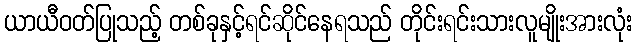
ယာယီဝတ်ပြုသည့် တစ်ခုနှင့်ရင်ဆိုင်နေရသည် တိုင်းရင်းသားလူမျိုးအားလုံး